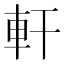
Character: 軒